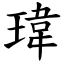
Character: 瑋